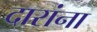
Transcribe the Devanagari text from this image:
दारांना